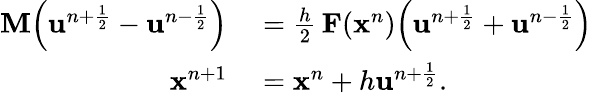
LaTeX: \begin{array}{rl}{\mathbf{M}\Bigl(\mathbf{u}^{n+\frac{1}{2}}-\mathbf{u}^{n-\frac{1}{2}}\Bigr)}&{{}=\frac{h}{2}\, \mathbf{F}(\mathbf{x}^{n})\Bigl(\mathbf{u}^{n+\frac{1}{2}}+\mathbf{u}^{n-\frac{1}{2}}\Bigr)}\\ {\mathbf{x}^{n+1}}&{{}=\mathbf{x}^{n}+h\mathbf{u}^{n+\frac{1}{2}}.}\end{array}